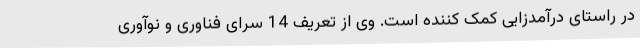
در راستای درآمدزایی کمک کننده است. وی از تعریف 14 سرای فناوری و نوآوری